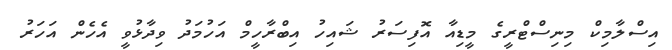
އިސްލާމިކް މިނިސްޓްރީގެ މީޑިއާ އޮފިސަރު ޝައިހު އިބްރާހީމް އަހުމަދު ވިދާޅުވީ އެހެން އަހަރު